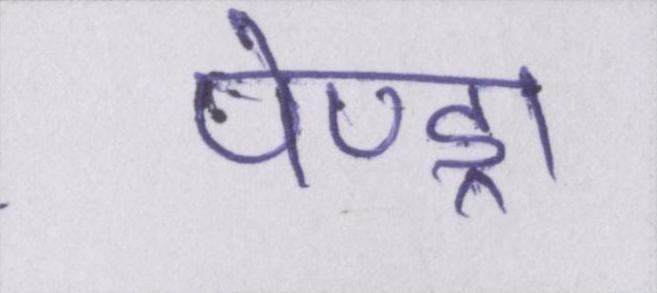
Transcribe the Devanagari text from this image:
पेण्ड्रा